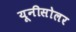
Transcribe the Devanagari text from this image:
यूनीसोलर